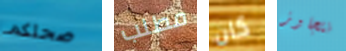
صحتكم مطلب كان نتجاوز